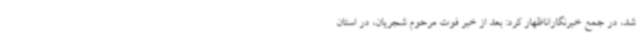
شد، در جمع خبرنگاراناظهار کرد: بعد از خبر فوت مرحوم شجریان، در استان